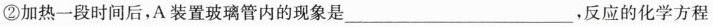
②加热一段时间后，A装置玻璃管内的现象是______，反应的化学方程